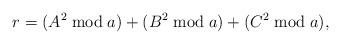
LaTeX: \begin{align*}r = (A^2 \bmod a) + (B^2 \bmod a) + (C^2 \bmod a),\end{align*}